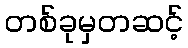
တစ်ခုမှတဆင့်